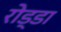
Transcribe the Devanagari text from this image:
रोड्डा